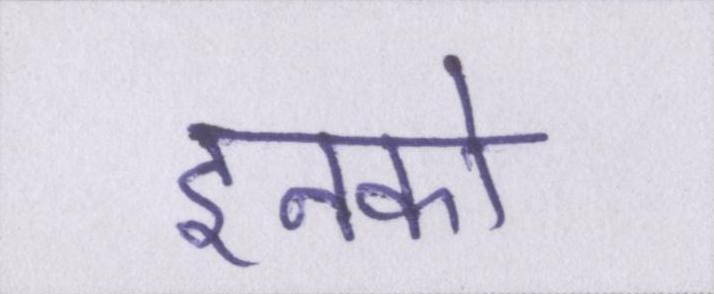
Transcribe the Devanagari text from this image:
इनको